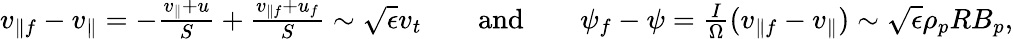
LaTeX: \begin{array}{rlrlr}{v_{\parallel f}-v_{\parallel}=-\frac{v_{\parallel}+u}{S}+\frac{v_{\parallel f}+u_{f}}{S}\sim\sqrt{\epsilon}v_{t}}&{}&{\mathrm{and}}&{}&{\psi_{f}-\psi=\frac{I}{\Omega}(v_{\parallel f}-v_{\parallel})\sim\sqrt{\epsilon}\rho_{p}RB_{p},}\end{array}